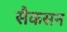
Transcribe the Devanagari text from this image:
सैकसन